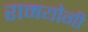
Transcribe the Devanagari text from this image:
रामयोगी